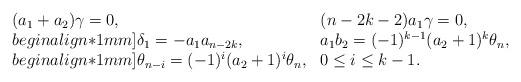
LaTeX: \begin{align*} \begin{array}{ll}(a_1+a_2)\gamma=0, &(n-2k-2)a_1\gamma=0,\\begin{align*}1mm]\delta_{1}=-a_1a_{n-2k},& a_1b_{2}=(-1)^{k-1}(a_2+1)^k\theta_{n},\\begin{align*}1mm]\theta_{n-i}=(-1)^{i}(a_2+1)^i\theta_{n}, & 0\leq i\leq k-1.\end{array}\end{align*}